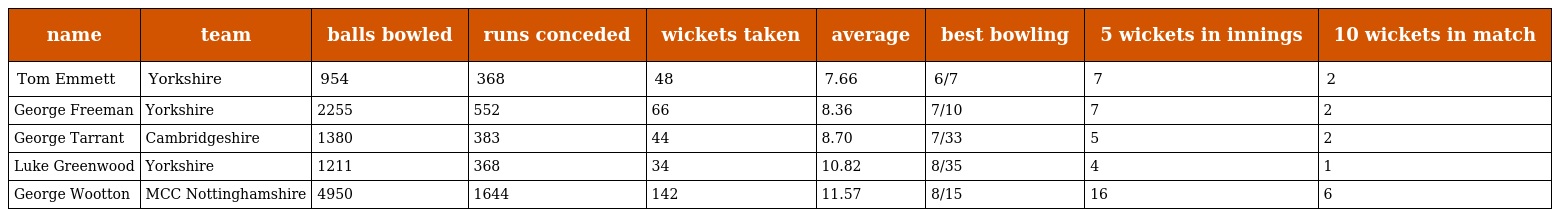
| name | team | balls bowled | runs conceded | wickets taken | average | best bowling | 5 wickets in innings | 10 wickets in match |
 | --- | --- | --- | --- | --- | --- | --- | --- | --- |
 | Tom Emmett | Yorkshire | 954 | 368 | 48 | 7.66 | 6/7 | 7 | 2 |
 | George Freeman | Yorkshire | 2255 | 552 | 66 | 8.36 | 7/10 | 7 | 2 |
 | George Tarrant | Cambridgeshire | 1380 | 383 | 44 | 8.70 | 7/33 | 5 | 2 |
 | Luke Greenwood | Yorkshire | 1211 | 368 | 34 | 10.82 | 8/35 | 4 | 1 |
 | George Wootton | MCC Nottinghamshire | 4950 | 1644 | 142 | 11.57 | 8/15 | 16 | 6 |